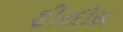
ફીરદોસ